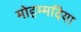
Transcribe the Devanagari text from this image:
मोहम्मदिया